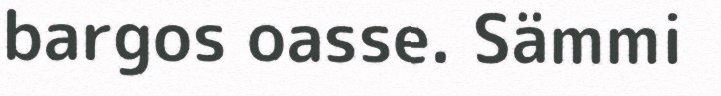
bargos oasse. Sämmi